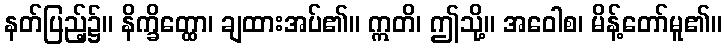
နတ်ပြည့်၌။ နိက္ခိတ္ထော၊ ချထားအပ်၏။ ဣတိ၊ ဤသို့။ အဝေါစ၊ မိန့်တော်မူ၏။